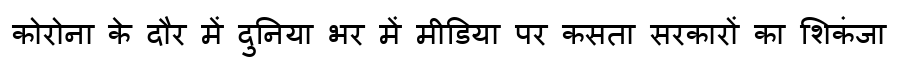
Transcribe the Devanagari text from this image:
कोरोना के दौर में दुनिया भर में मीडिया पर कसता सरकारों का शिकंजा